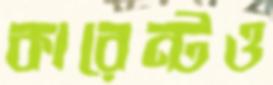
কারেন্টও